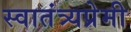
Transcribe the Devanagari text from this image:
स्वातंत्र्यप्रेमी